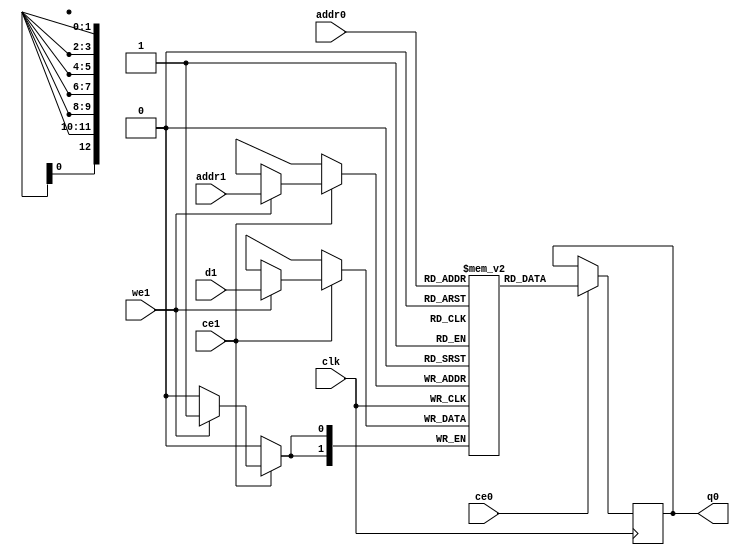
// ==============================================================
// Vitis HLS - High-Level Synthesis from C, C++ and OpenCL v2020.2 (64-bit)
// Copyright 1986-2020 Xilinx, Inc. All Rights Reserved.
// ==============================================================
`timescale 1 ns / 1 ps
module ConvolutionInputGenerator_2_ConvolutionInputGenerator_3u_64u_2u_66u_64u_1u_1u_ap_resource_lutram_s_inputBbkb_ram (addr0, ce0, q0, addr1, ce1, d1, we1,  clk);

parameter DWIDTH = 2;
parameter AWIDTH = 13;
parameter MEM_SIZE = 4224;

input[AWIDTH-1:0] addr0;
input ce0;
output reg[DWIDTH-1:0] q0;
input[AWIDTH-1:0] addr1;
input ce1;
input[DWIDTH-1:0] d1;
input we1;
input clk;

(* ram_style = "distributed" *)reg [DWIDTH-1:0] ram[0:MEM_SIZE-1];




always @(posedge clk)  
begin 
    if (ce0) begin
        q0 <= ram[addr0];
    end
end


always @(posedge clk)  
begin 
    if (ce1) begin
        if (we1) 
            ram[addr1] <= d1; 
    end
end


endmodule

`timescale 1 ns / 1 ps
module ConvolutionInputGenerator_2_ConvolutionInputGenerator_3u_64u_2u_66u_64u_1u_1u_ap_resource_lutram_s_inputBbkb(
    reset,
    clk,
    address0,
    ce0,
    q0,
    address1,
    ce1,
    we1,
    d1);

parameter DataWidth = 32'd2;
parameter AddressRange = 32'd4224;
parameter AddressWidth = 32'd13;
input reset;
input clk;
input[AddressWidth - 1:0] address0;
input ce0;
output[DataWidth - 1:0] q0;
input[AddressWidth - 1:0] address1;
input ce1;
input we1;
input[DataWidth - 1:0] d1;



ConvolutionInputGenerator_2_ConvolutionInputGenerator_3u_64u_2u_66u_64u_1u_1u_ap_resource_lutram_s_inputBbkb_ram ConvolutionInputGenerator_2_ConvolutionInputGenerator_3u_64u_2u_66u_64u_1u_1u_ap_resource_lutram_s_inputBbkb_ram_U(
    .clk( clk ),
    .addr0( address0 ),
    .ce0( ce0 ),
    .q0( q0 ),
    .addr1( address1 ),
    .ce1( ce1 ),
    .we1( we1 ),
    .d1( d1 ));

endmodule